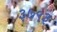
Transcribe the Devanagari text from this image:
३७९३